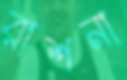
রাশনা